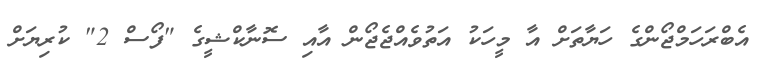
އެބްރަހަމްޖޯންގެ ހަޔާތަށް އާ މީހަކު އަތުވެއްޖެޖޯން އާއި ސޮނާކްޝީގެ "ފޯސް 2" ކުރިޔަށް